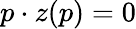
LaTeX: p\cdot z(p)=0